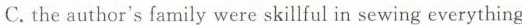
C.the author's family were skillful in sewing everything